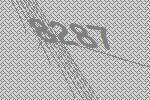
8287